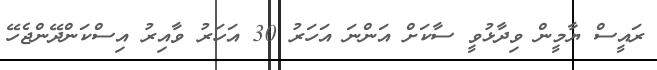
ރައީސް ޔާމީން ވިދާޅުވީ ސާކަށް އަންނަ އަހަރު 30 އަހަރު ވާއިރު އިސްކަންދޭންޖެހޭ